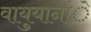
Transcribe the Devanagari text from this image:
वायुयानांे